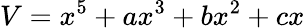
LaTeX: V=x^{5}+ax^{3}+bx^{2}+cx